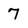
Character: 7